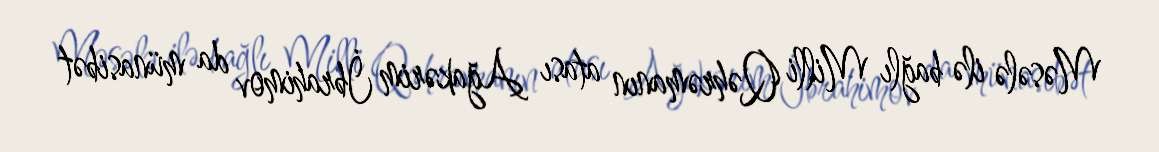
Məsələ ilə bağlı Milli Qəhrəmanın atası Ağakərim İbrahimov da münasibət